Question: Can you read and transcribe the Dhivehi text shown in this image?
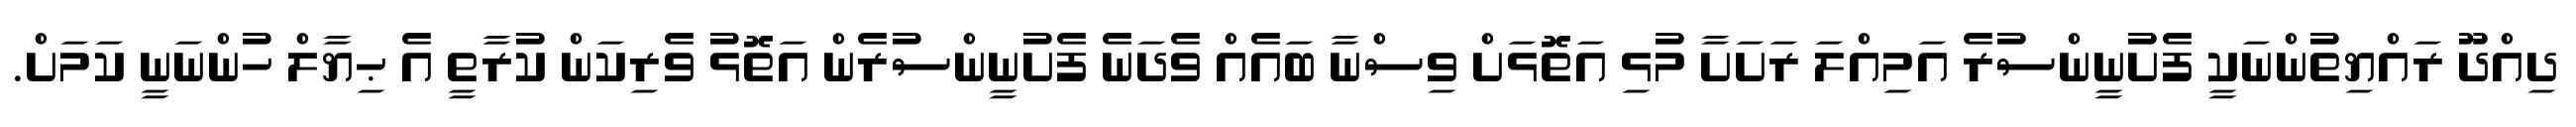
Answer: ދިއްދޫ ރައްޔިތުންނަކީ ފެށުނީންސުރެ އަމިއްލަ ރަށަށާ މުޅި އަތޮޅަށް ވިސްނާ ބައެއް ވެދަނެ ފެށުނީންސުރެން އަތޮޅު ވެރިކަން ކުރާތީ އެ ޙިޔާލް ހުންނަނީ ކަމަށް.